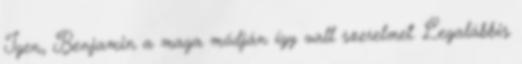
Igen, Benjamin a maga módján így vall szerelmet. Legalábbis